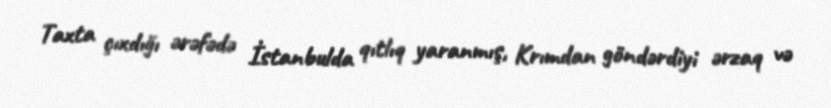
Taxta çıxdığı ərəfədə İstanbulda qıtlıq yaranmış, Krımdan göndərdiyi ərzaq və